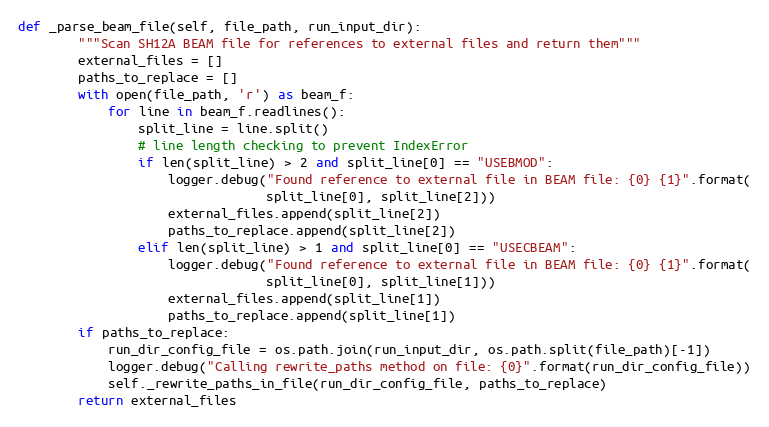
Language: Python
def _parse_beam_file(self, file_path, run_input_dir):
        """Scan SH12A BEAM file for references to external files and return them"""
        external_files = []
        paths_to_replace = []
        with open(file_path, 'r') as beam_f:
            for line in beam_f.readlines():
                split_line = line.split()
                # line length checking to prevent IndexError
                if len(split_line) > 2 and split_line[0] == "USEBMOD":
                    logger.debug("Found reference to external file in BEAM file: {0} {1}".format(
                                 split_line[0], split_line[2]))
                    external_files.append(split_line[2])
                    paths_to_replace.append(split_line[2])
                elif len(split_line) > 1 and split_line[0] == "USECBEAM":
                    logger.debug("Found reference to external file in BEAM file: {0} {1}".format(
                                 split_line[0], split_line[1]))
                    external_files.append(split_line[1])
                    paths_to_replace.append(split_line[1])
        if paths_to_replace:
            run_dir_config_file = os.path.join(run_input_dir, os.path.split(file_path)[-1])
            logger.debug("Calling rewrite_paths method on file: {0}".format(run_dir_config_file))
            self._rewrite_paths_in_file(run_dir_config_file, paths_to_replace)
        return external_files